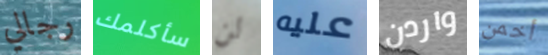
رجالي سأكلمك لن عليه واردن أخمن